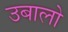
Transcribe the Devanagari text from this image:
उबालो